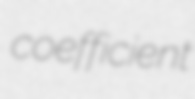
coefficient